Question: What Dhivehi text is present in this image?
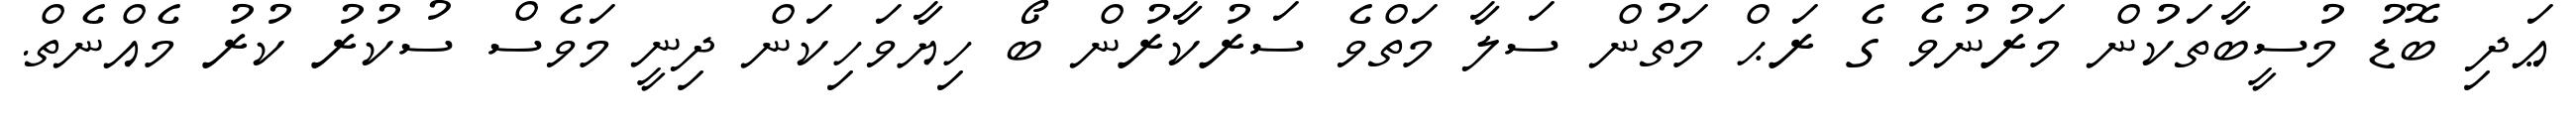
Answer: ޢަދި ބޮޑު މުސީބާތަކުން މަރުނުވެ ގެ ރަޙް މަތުން ސަލާ މަތްވެ ސަރުކާރުން ބޯ ހިޔާވަހިކަން ދިނީ މަވެސް ސުކުރު ކުރު މެއްނެތް.